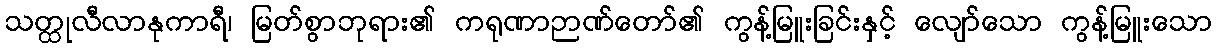
သတ္ထုလီလာနုကာရီ၊ မြတ်စွာဘုရား၏ ကရုဏာဉာဏ်တော်၏ ကွန့်မြူးခြင်းနှင့် လျော်သော ကွန့်မြူးသော